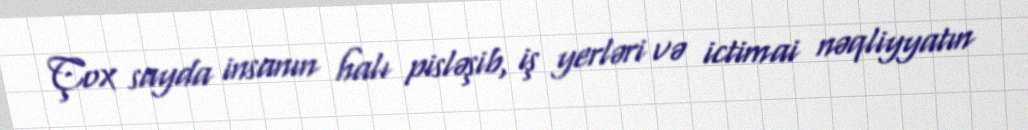
Çox sayda insanın halı pisləşib, iş yerləri və ictimai nəqliyyatın